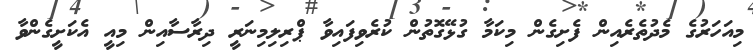
މިއަހަރުގެ މެދުތެރެއިން ފެށިގެން މިކަމާ ގުޅޭގޮތުން ކުރެވިފައިވާ ޕްރިލިމިނަރީ ދިރާސާއިން މިއީ އެކަށީގެންވާ